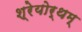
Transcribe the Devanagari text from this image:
श्रेयोर्थम्‌